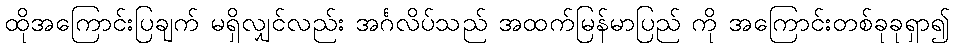
ထိုအကြောင်းပြချက် မရှိလျှင်လည်း အင်္ဂလိပ်သည် အထက်မြန်မာပြည် ကို အကြောင်းတစ်ခုခုရှာ၍